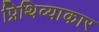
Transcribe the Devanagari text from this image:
प्रिथिव्याकार